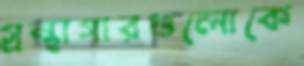
গ্রন্থাগারগুলোকে